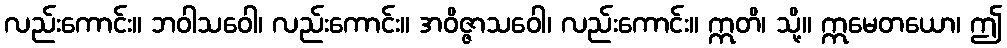
လည်းကောင်း။ ဘဝါသဝေါ၊ လည်းကောင်း။ အဝိဇ္ဇာသဝေါ၊ လည်းကောင်း။ ဣတိ၊ သို့။ ဣမေတယော၊ ဤ